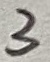
Text: 3